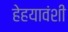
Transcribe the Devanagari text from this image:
हेहयावंशी